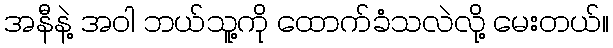
အနီနဲ့ အဝါ ဘယ်သူ့ကို ထောက်ခံသလဲလို့ မေးတယ်။